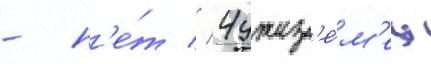
- н'е́т // Чужез'е́м'ец